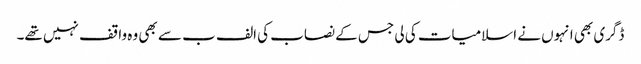
ڈگری بھی انہوں نے اسلامیات کی لی جس کے نصاب کی الف ب سے بھی وہ واقف نہیں تھے۔